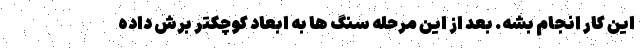
این کار انجام بشه. بعد از این مرحله سنگ ها به ابعاد کوچکتر برش داده